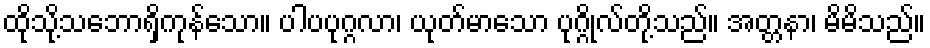
ထိုသို့သဘောရှိကုန်သော။ ပါပပုဂ္ဂလာ၊ ယုတ်မာသော ပုဂ္ဂိုလ်တို့သည်။ အတ္တနာ၊ မိမိသည်။